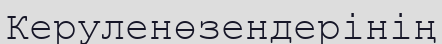
Керуленөзендерінің